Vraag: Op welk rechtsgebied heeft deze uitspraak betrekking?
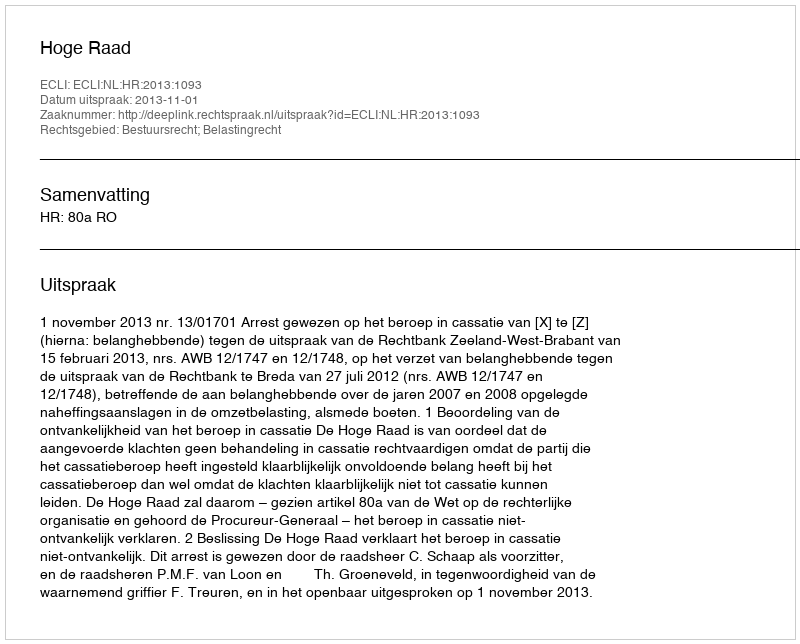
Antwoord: Bestuursrecht; Belastingrecht